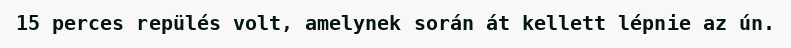
15 perces repülés volt, amelynek során át kellett lépnie az ún.